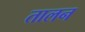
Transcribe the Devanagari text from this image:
तालन